Vaccination North-Western Provinces and Oudh 1896-1901 - 1896-1901
Year: 1896
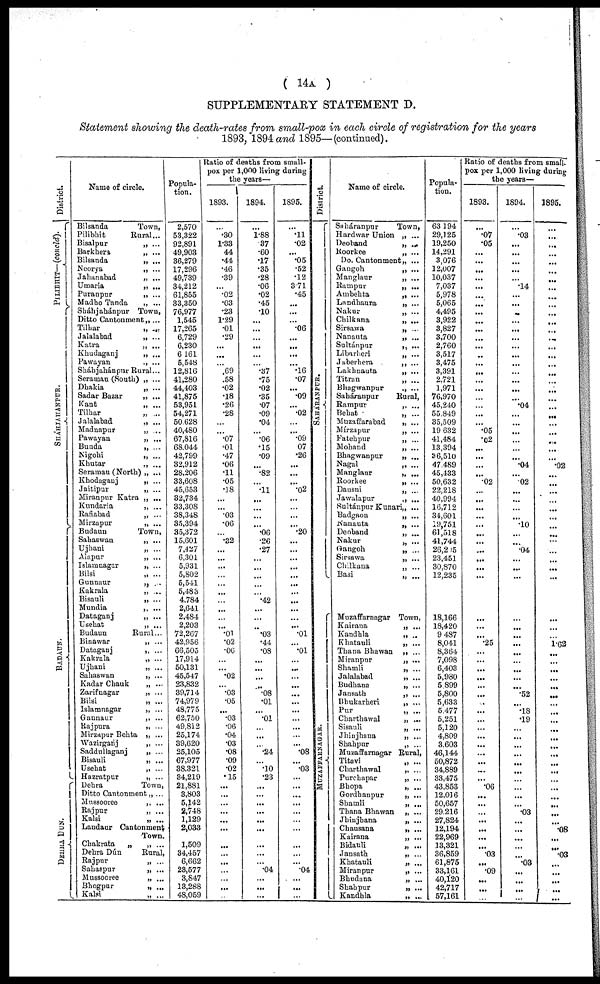
( 14A )
SUPPLEMENTARY STATEMENT D.
Statement showing the death-rates from small-pox in each circle of registration for the years
1893, 1894 and 1895—(continued).
District.
PILIBHIT— (concld).
S
HÁHJAHANP UR .
BADAUN.
DEHRA DUN.
Name of circle.
Bilsanda
Pilibhit
Bisalpur
Barkhera
Bilsanda
Neorya
Jahanabad
Umaria
Puranpur
Madho Tanda
Sháhjahánpur
Ditto Cantonment
Tilhar
Jalalabad
Katra
Khudaganj
Pawayan
Sháhjahánpur
Seraman (South)
Dhakia
Sadar Bazar
Kant
Tilhar
Jalalabad
Madnapur
Pawayan
Bunda
Nigohi
Khutar
Seramau (North)
Khodaganj
Jaitipur
Miranpur Katra
Kundaria
Rafiabad
Mirzapur
Budaun
Sahaswan
Ujhani
Alapur
Islamnagar
Bilsi
Gunnaur
Kakrala
Bisauli
Mundia
Dataganj
Usehat
Budaun
Binawar
Dataganj
Kakrala
Ujhani
Sahaswan
Kadar Chauk
Zarifnagar
Bilsi
Islamnagar
Gannaur
Rajpura
Mirzapur Behta
Wazirganj
Saddullaganj
Bisauli
Usehat
Hazratpur
Dehra
Ditto Cantonment
Mussooree
Rajpur
Kalsi
Landaur Cantonment
Chakrata
„
Dehra Dún
Rajpur
Sahaspur
Mussooree
Bhogpur
Kalsi
Town,
Rural ...
„ ...
„ ...
„ ...
„ ...
„ ...
„ ...
„ ...
„ ...
Town,
„ ...
„ ...
„ ...
„ ...
„ ...
„ ...
Rural ...
„ ...
„ ...
„ ...
„ ...
„ ...
„ ...
„ ...
„ ...
„ ...
„ ...
„ ...
„ ...
„ ...
„ ...
„ ...
„ ...
„ ...
„ ...
Town,
„ ...
„ ...
„ ...
„ ...
„ ...
„ ...
„ ...
„ ...
„ ...
„ ...
„ ...
Rural...
„ ...
„ ...
„ ...
„ ...
„ ...
„ ...
„ ...
„ ...
„ ...
„ ...
„ ...
„ ...
„ ...
„ ...
„ ...
„ ...
„ ...
Town,
„ ...
„ ...
„ ...
„ ...
Town.
„ ...
Rural,
„ ...
„ ...
„ ...
„ ...
„ ...
Popula-
tion.
2,570
53,322
92,891
49,903
36,279
17,296
49,739
34,212
61,855
33,350
76,977
1,545
17,265
6,729
6,230
6,161
5,548
12,816
41,280
44,403
41,875
53,951
54,271
50,628
40,480
67,816
68,044
42,799
32,912
28,206
33,608
45,653
32,734
33,308
38,348
35,394
35,372
15,601
7,427
6,301
5,931
5,802
5,541
5,483
4,784
2,641
2,484
2,203
72,267
42,956
66,505
17,914
50,131
45,547
23,832
39,714
74,979
48,775
62,750
49,812
25,174
39,620
25,105
67,977
38,321
34,219
21,881
3,803
5,142
2,748
1,129
2,033
1,509
34,457
6,662
23,577
3,847
13,288
48,059
Ratio of deaths from small-
pox per 1,000 living during
the years—
1893.
...
.30
1.33
44
.44
.46
.39
...
.02
.03
.23
1.29
.01
.29
...
...
... .69
.58
.02
.18
.26
.28
...
...
.07
.01
.47
.06
.11
.05
.18
...
...
.03
.06
...
.32
...
...
...
...
...
...
...
...
...
...
.01
.02
.06
...
...
.02
...
.03
.05
...
.03
.06
.04
.03
.08
.09
.02
.15
...
...
...
...
...
...
...
...
...
...
...
...
...
1894.
...
1.88
.37
.60
.17
.35
.28
.06
.02
.45
.10
...
...
...
...
...
... .37
.75
.02
.35
.07
.09
.04
...
.06
.15
.09
...
.82
...
.11
...
...
...
...
.06
.26
.27
...
...
...
...
...
.42
...
...
...
.03
.44
.08
...
...
...
...
.08
.01
...
.01
...
...
...
.24
...
.10
.23
...
...
...
...
...
...
...
...
...
.04
...
...
...
1895.
...
.11
.02
...
.05
.52
.12
3.71
.45
...
...
...
.06
...
...
...
... .16
.07
...
.09
...
.02
...
...
.09
.07
.26
...
...
...
.02
...
...
...
...
.20
...
...
...
...
...
...
...
...
...
...
...
.01
...
.01
...
...
...
...
...
...
...
...
...
...
...
.08
...
.03
...
...
...
...
...
...
...
...
...
...
.04
...
...
...
District.
S AHÁRANP UR.
MUZAFFARNAGAR.
Name of circle.
Saháranpur
Hardwar Union
Deoband
Roorkee
Do. Cantonment
Gangoh
Manglaur
Rampur
Ambehta
Landhaura
Nakur
Chilkana
Sirsawa
Nanauta
Sultánpur
Libarheri
Jaberhera
Lakhnauta
Titran
Bhagwanpur
Saháranpur
Rampur
Behat
Muzaffarabad
Mírzapur
Fatehpur
Mohand
Bhagwanpur
Nagal
Manglaur
Roorkee
Dausni
Jawalapur
Sultánpur Kunari
Badgaon
Nanauta
Deoband
Nakur
Gangoh
Sirsawa
Chilkana
Basi
Muzaffarnagar
Kairana
Kandhla
Khatauli
Thana Bhawan
Miranpur
Shamli
Jalalabad
Budhana
Jansath
Bhukarheri
Pur
Charthawal
Sisauli
Jhinjhana
Shahpur
Muzaffarnagar
Titavi
Charthawal
Purchapar
Bhopa
Gordhanpur
Shamli
Thana Bhawan
Jhinjhana
Chausana
Kairana
Bidauli
Jansath
Khatauli
Miranpur
Bhudana
Shahpur
Kandhla
Town,
„ ...
„ ...
„ ...
„ ...
„ ...
„ ...
„ ...
„ ...
„ ...
„ ...
„ ...
„ ...
„ ...
„ ...
„ ...
„ ...
„ ...
„ ...
„ ...
Rural,
„ ...
„ ...
„ ...
„ ...
„ ...
„ ...
„ ...
„ ...
„ ...
„ ...
„ ...
„ ...
„ ...
„ ...
„ ...
„ ...
„ ...
„ ...
„ ...
„ ...
„ ...
Town,
„ ...
„ ..
„ ...
„ ...
„ ...
„ ...
„ ...
„ ...
„ ...
„ ...
„ ...
„ ...
„ ...
„ ...
„ ...
Rural,
„ ...
„ ...
„ ...
„ ...
„ ...
„ ...
„ ...
„ ...
„ ...
„ ...
„ ...
„ ...
„ ...
„ ...
„ ...
„ ...
„ ...
Popula-
tion.
63,194
29,125
19,250
14,291
3,076
12,007
10,037
7,037
5,978
5,065
4,495
3,922
3,827
3,700
2,760
3,517
3,475
3,391
2,721
1,971
76,970
45,240
55,849
35,509
19,632
41,484
13,394
36,510
47,489
45,433
50,632
22,218
40,994
16,712
34,601
19,751
61,518
41,744
26,295
23,451
30,870
12,235
18,166
18,420
9,487
8,041
8,364
7,098
6,403
5,980
5,899
5,800
5,633
5,477
5,251
5,120
4,809
3,603
46,144
50,872
34,889
33,475
43,853
12,016
50,657
29,216
27,824
12,194
22,969
13,321
36,859
61,875
33,161
40,120
42,717
57,161
Ratio of deaths from small-
pox per 1,000 living during
the years—
1893.
...
.07
.05
...
...
...
...
...
...
...
...
...
...
...
...
...
...
...
...
...
...
...
...
...
.05
.02
...
...
...
...
.02
...
...
...
...
...
...
...
...
...
...
...
...
...
...
.25
...
...
...
...
...
...
...
...
...
...
...
...
...
...
...
...
.06
...
...
...
...
...
...
...
.03
...
.09
...
...
...
1894.
...
.03
...
...
...
...
...
.14
...
...
...
...
...
...
...
...
...
...
...
...
...
.04
...
...
...
...
...
...
.04
...
.02
...
...
...
...
.10
...
...
.04
...
...
...
...
...
...
...
...
...
...
...
...
.52
... .18
.19
...
...
...
...
...
...
...
...
...
...
.03
...
...
...
...
...
.03
...
...
...
...
1895.
...
...
...
...
...
...
...
...
...
...
...
...
...
...
...
...
...
...
...
...
...
...
...
...
...
...
...
...
.02
...
...
...
...
...
...
...
...
...
...
...
...
...
...
...
...
1.62
...
...
...
...
...
...
...
...
...
...
...
...
...
...
...
...
...
...
...
...
...
.08
...
...
.03
...
...
...
...
...